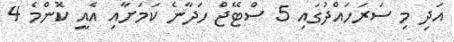
އަދި މި ސަރަހައްދުގައި 5 ސްޓޭޖް ހަދާނެ ކަމަށާއި އެއީ ކޮންމެ 4